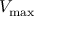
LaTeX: V _ { \mathrm { m a x } }